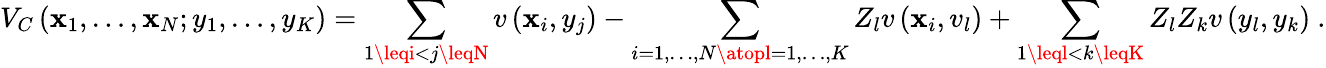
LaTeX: V_{C}\left(\mathbf{x}_{1},\ldots,\mathbf{x}_{N};y_{1},\ldots,y_{K}\right)=\sum_{1\leqi<j\leqN}v\left(\mathbf{x}_{i},y_{j}\right)-\sum_{i=1,\ldots,N\atopl=1,\ldots,K}Z_{l}v\left(\mathbf{x}_{i},v_{l}\right)+\sum_{1\leql<k\leqK}Z_{l}Z_{k}v\left(y_{l},y_{k}\right)\ .